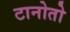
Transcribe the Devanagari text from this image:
टानोतो